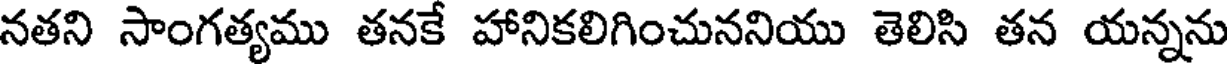
నతని సాంగత్యము తనకే హానికలిగించుననియు తెలిసి తన యన్నను